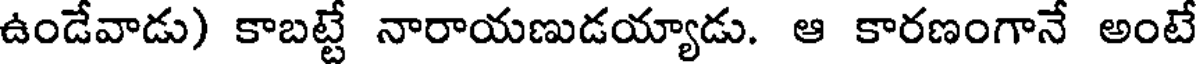
ఉండేవాడు) కాబట్టే నారాయణుడయ్యాడు. ఆ కారణంగానే అంటే